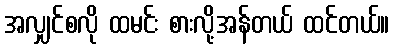
အလျှင်စလို ထမင်း စားလို့အန်တယ် ထင်တယ်။